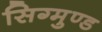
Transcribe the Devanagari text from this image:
सिग्मुण्ड